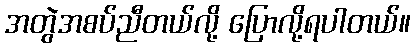
အတွဲအစပ်ညီတယ်လို့ ပြောလို့ရပါတယ်။